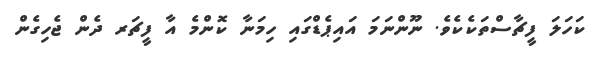
ކަހަލަ ފީޗާސްތަކެކެވެ. ނޫންނަމަ އައިޕެޑްގައި ހިމަނާ ކޮންމެ އާ ފީޗަރ ދެން ޖެހިގެން